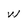
Character: w